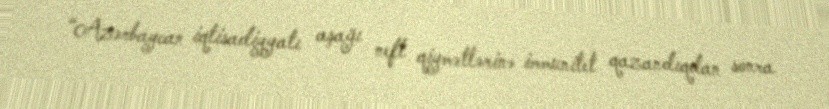
“Azərbaycan iqtisadiyyatı aşağı neft qiymətlərinə immunitet qazandıqdan sonra